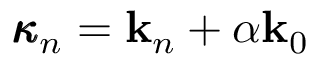
\pmb { \kappa } _ { n } = \mathbf { k } _ { n } + \alpha \mathbf { k } _ { 0 }